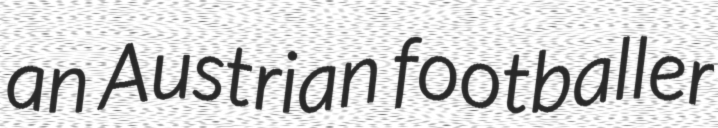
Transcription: an Austrian footballer